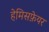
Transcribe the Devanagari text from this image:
हेमिसफ़ेयर